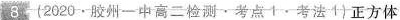
8 (2020.胶州一中高二检测。考点1.考法)正方体